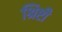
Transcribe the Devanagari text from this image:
श्रिष्टी